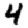
Digit: 4